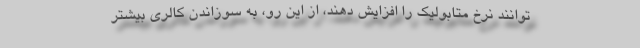
توانند نرخ متابولیک را افزایش دهند، از این رو، به سوزاندن کالری بیشتر